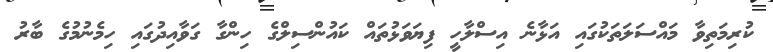
ކުރިމަތިވާ މައްސަލަތަކުގައި އަޅާނެ އިސްލާހީ ފިޔަވަޅުތައް ކައުންސިލްގެ ހިންގާ ގަވާއިދުގައި ހިމެނުމުގެ ބާރު